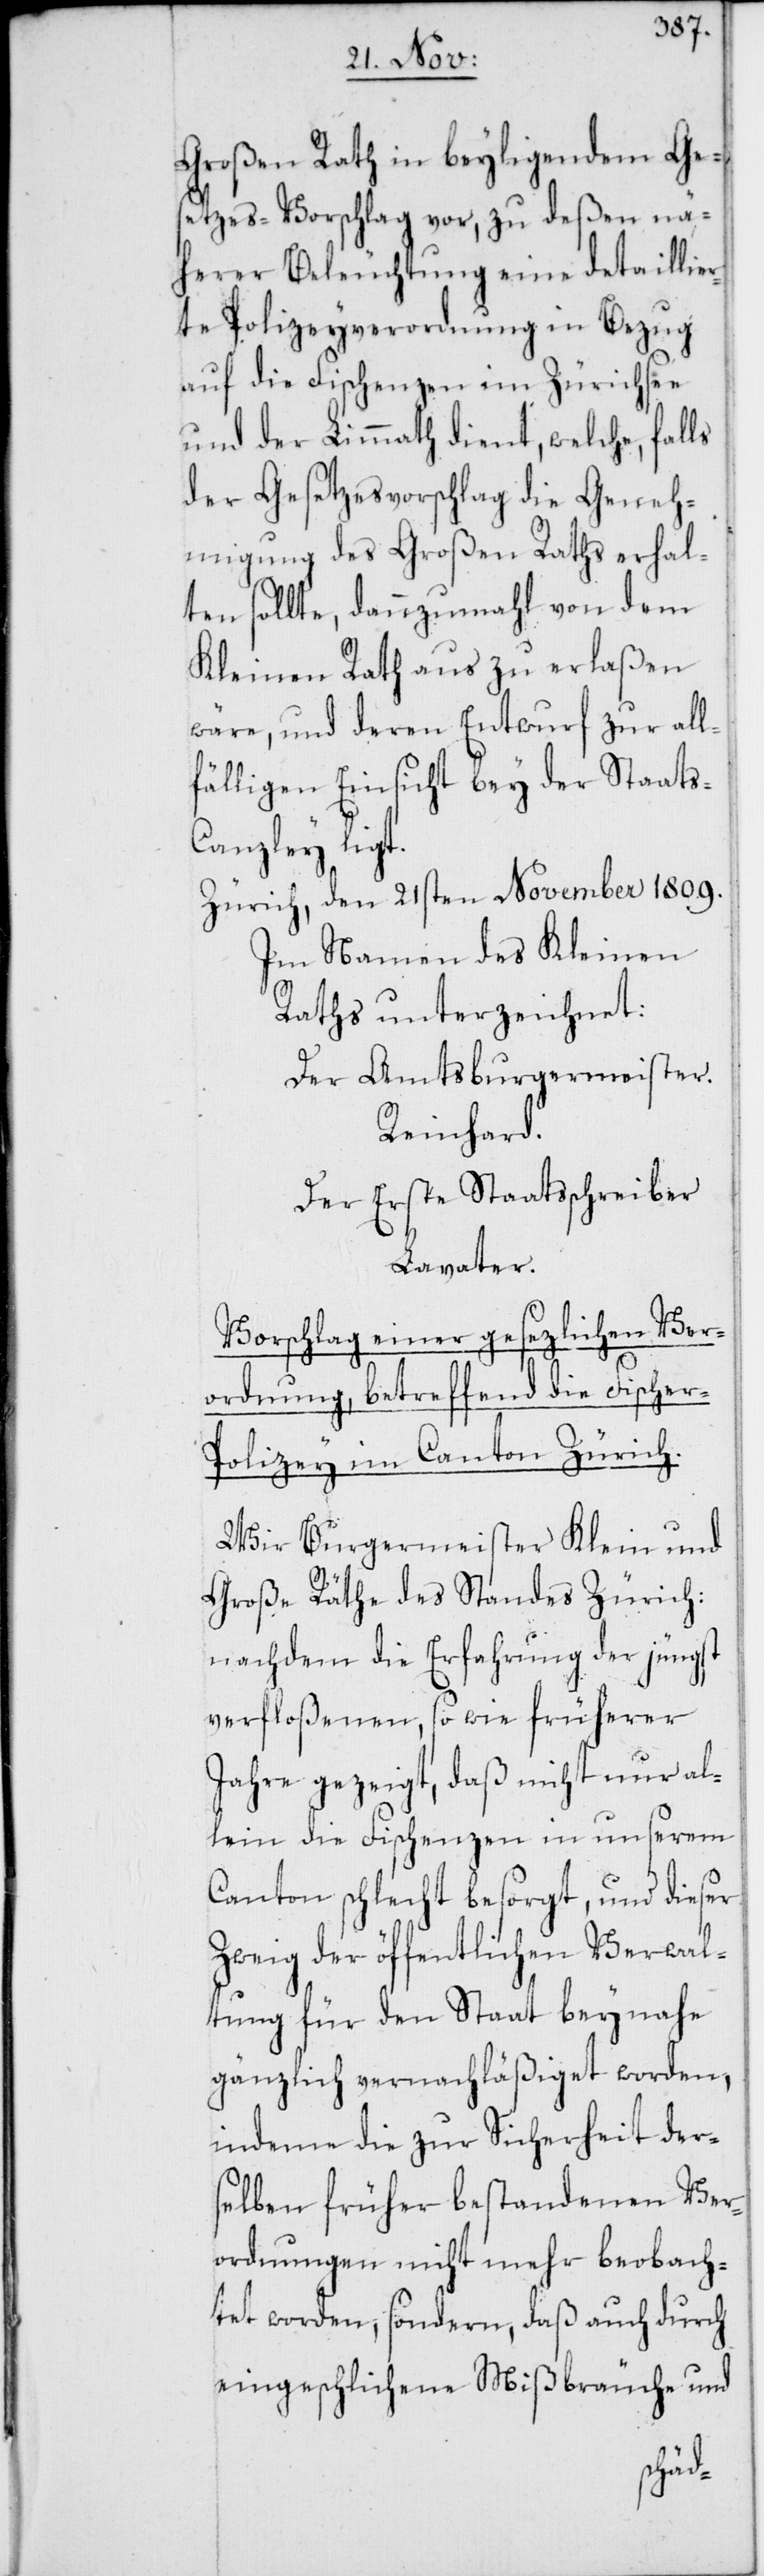
Großen Rath in beyligendem Ge¬
setzes-Vorschlag vor, zu deßen nä¬
herer Beleuchtung eine detaillie¬
rte Polizeyverordnung in Bezug
auf die Fischenzen im Zürichsee
und der Limmath dient, welche, falls
der Gesetzesvorschlag die Geneh¬
migung des Großen Raths erhal¬
ten sollte, dannzumahl von dem
Kleinen Rath aus zu erlaßen
wäre, und deren Entwurf zur all¬
fälligen Einsicht bey der Staat¬
anzley ligt.
Zürich, den 21sten November 1809.
Im Namen des Kleinen
Raths unterzeichnet:
Der Amtsburgermeister.
Reinhard.
Der Erste Staatsschreiber
Lavater.
Vorschlag einer gesezlichen Ver¬
ordnung, betreffend die Fischer-P¬
olizey im Canton Zürich.
Wir Burgermeister, Klein und
Große Räthe des Standes Zürich:
nachdem die Erfahrung der jüngst
verfloßenen, so wie früherer
Jahre gezeigt, daß nicht nur al¬
lein die Fischenzen in unserem
Canton schlecht besorgt, und dieser
Zweig der öffentlichen Verwal¬
tung für den Staat beynahe
gänzlich vernachläßiget worden,
indeme die zur Sicherheit der¬
selben früher bestandenen Ver¬
ordnungen nicht mehr beobach¬
tet worden, sondern, daß auch durch
eingeschlichene Mißbräuche und
s-C¬